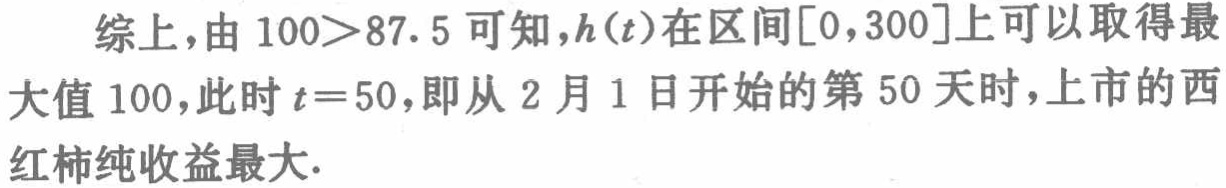
综上，由 \(100>87.5\) 可知，\(h(t)\)在区间\([0,300]\)上可以取得最大值 \(100\)，此时 \(t = 50\)，即从 2 月 1 日开始的第 50 天时，上市的西红柿纯收益最大.